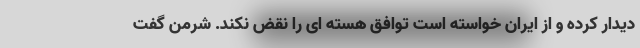
دیدار کرده و از ایران خواسته است توافق هسته ای را نقض نکند. شرمن گفت